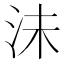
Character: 沬